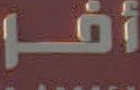
أفــا